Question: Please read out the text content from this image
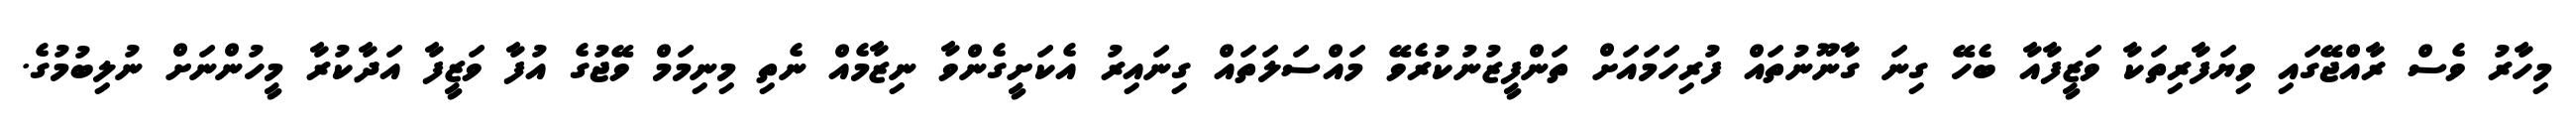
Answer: މިހާރު ވެސް ރާއްޖޭގައި ވިޔަފާރިތަކާ ވަޒީފާއާ ބެހޭ ގިނަ ގާނޫނުތައް ފުރިހަމައަށް ތަންފީޒުނުކުރެވޭ މައްސަލަތައް ގިނައިރު އެކަށީގެންވާ ނިޒާމެއް ނެތި މިނިމަމް ވޭޖުގެ އުފާ ވަޒީފާ އަދާކުރާ މީހުންނަށް ނުލިބުމުގެ.